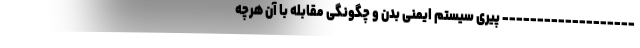
------------------- پیری سیستم ایمنی بدن و چگونگی مقابله با آن هرچه